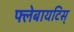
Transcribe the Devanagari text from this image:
फ्लेबायटिस्